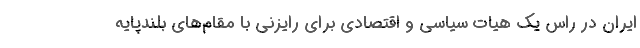
ایران در راس یک هیات سیاسی و اقتصادی برای رایزنی با مقام‌های بلندپایه